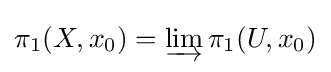
\pi _{1}(X,x_{0})=\varinjlim \pi _{1}(U,x_{0})